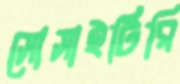
সোসাইটিরি